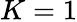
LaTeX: K=1